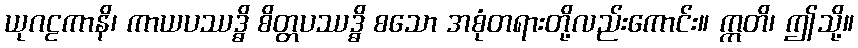
ယုဂဠကာနိ၊ ကာယပဿဒ္ဓိ စိတ္တပဿဒ္ဓိ စသော အစုံတရားတို့လည်းကောင်း။ ဣတိ၊ ဤသို့။